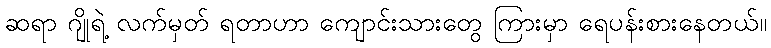
ဆရာ ဂျိုရဲ့ လက်မှတ် ရတာဟာ ကျောင်းသားတွေ ကြားမှာ ရေပန်းစားနေတယ်။